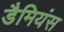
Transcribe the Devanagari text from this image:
डैमियंस